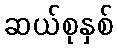
ဆယ်စုနှစ်